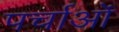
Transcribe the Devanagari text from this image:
पर्चाओं